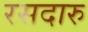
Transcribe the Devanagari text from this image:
रसदारु